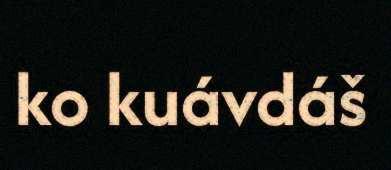
ko kuávdáš